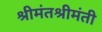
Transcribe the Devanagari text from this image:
श्रीमंतश्रीमंती